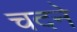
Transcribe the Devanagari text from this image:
चदने